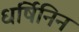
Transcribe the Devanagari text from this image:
धर्षिनिन